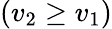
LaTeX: (v_{2}\geq v_{1})